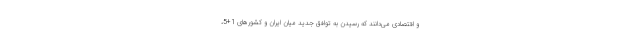
و اقتصادی می‌دانند که رسیدن به توافق جدید میان ایران و کشورهای 1+5،